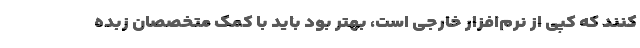
کنند که کپی از نرم‌افزار خارجی است، بهتر بود باید با کمک متخصصان زبده